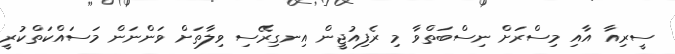
ސީރިއާ އާއި މިސްރަށް ނިސްބަތްވާ މި ރެފިއުޖީން އިނގިރޭސި ވިލާތަށް ވަންނަން މަސައްކަތްކުރީ